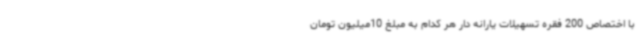
با اختصاص 200 فقره تسهیلات یارانه دار هر کدام به مبلغ 10میلیون تومان